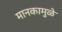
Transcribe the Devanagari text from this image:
मानकामुळे